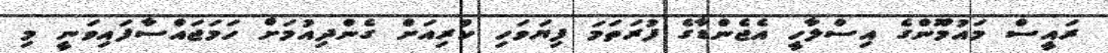
ރައީސް މައުމޫންގެ އިސްލާހީ އެޖެންޑާގެ ފުރަތަމަ ފިޔަވަހި ކުރިއަށް ގެންދިއުމަށް ހަމަޖައްސާފައިވަނީ މި